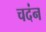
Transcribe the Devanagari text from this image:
चदंन